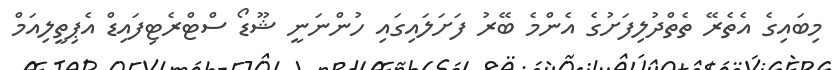
މިބައިގެ އެތެރޭ ތެތްދުލިފަށުގެ އެންމެ ބޭރު ފަށަލައިގައި ހުންނަނީ ޝޫޑޯ ސްޓްރެޓިފައިޑް އެޕިތީލިއަމް